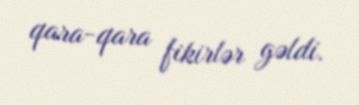
qara-qara fikirlər gəldi.